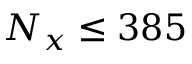
N _ { x } \le 3 8 5